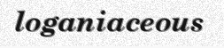
loganiaceous